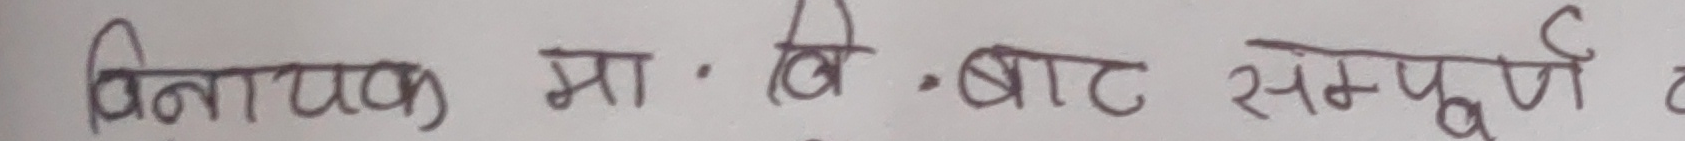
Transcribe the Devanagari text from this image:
विनायक मा . वि . बाट सम्पुर्ण र